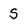
Character: s